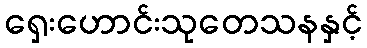
ရှေးဟောင်းသုတေသနနှင့်